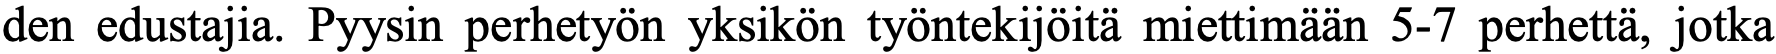
den edustajia. Pyysin perhetyön yksikön työntekijöitä miettimään 5-7 perhettä, jotka